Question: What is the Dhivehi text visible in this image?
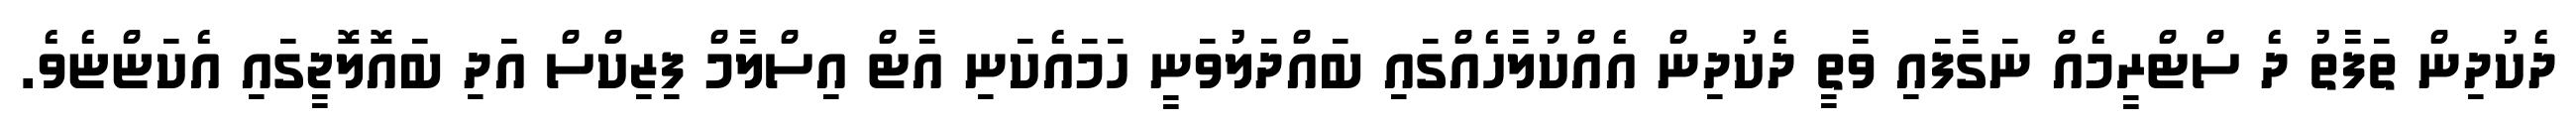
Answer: ދެކުދިން ތަފާތު ދެ ސްޓްރީމެއް ނަގާފައި ވާތީ ދެކުދިން އެއްކުލާހެއްގައި ބައްދަލުވަނީ ހަމައެކަނި އާޓް އިސްލާމް ފިޒިކްސް އަދި ބައޮލޮޖީގައި އެކަޏްޏެވެ.